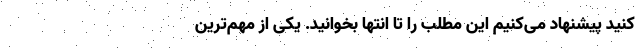
کنید پیشنهاد می‌کنیم این مطلب را تا انتها بخوانید. یکی از مهم‌ترین